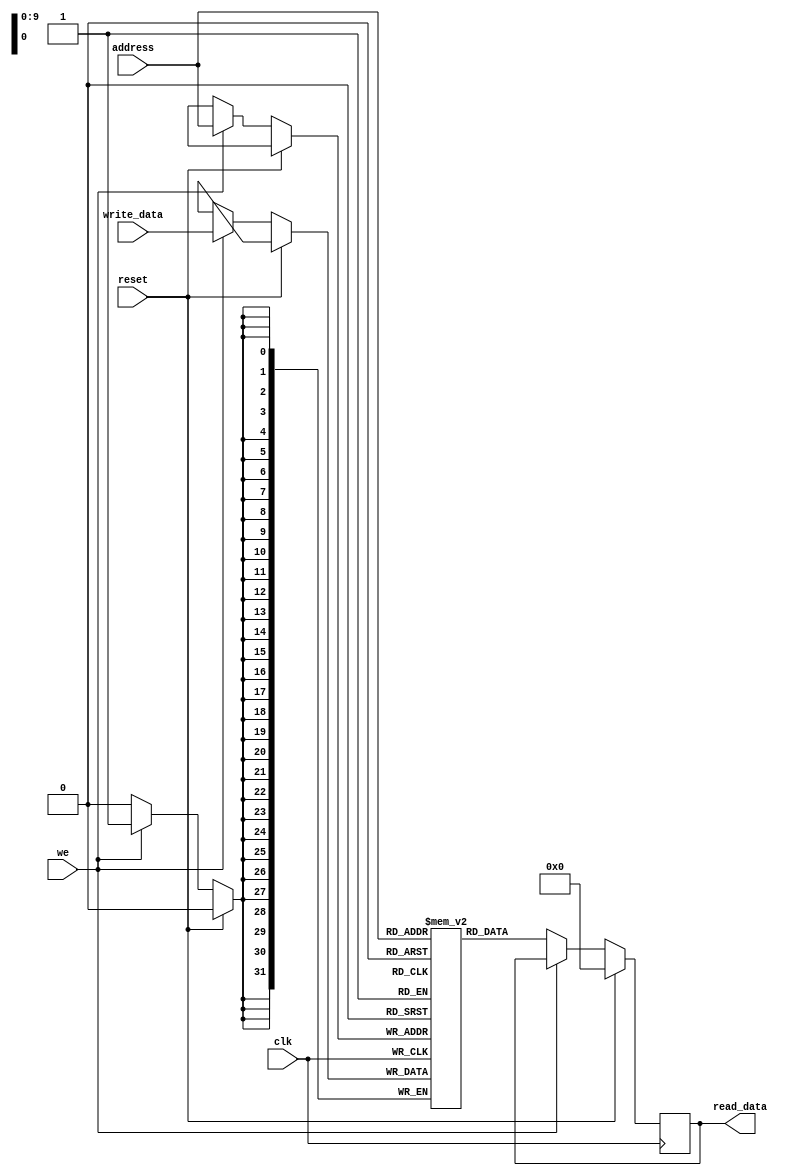
module LPDDR_RAM (
    input wire clk,
    input wire reset,
    input wire [ADDR_WIDTH-1:0] address,
    input wire we,
    input wire [DATA_WIDTH-1:0] write_data,
    output reg [DATA_WIDTH-1:0] read_data
);

parameter ADDR_WIDTH = 10; // specify number of address bits
parameter DATA_WIDTH = 32; // specify number of data bits
reg [DATA_WIDTH-1:0] memory_block [0: (2**ADDR_WIDTH)-1]; // declare memory block array

always @(posedge clk) begin
    if (reset) begin
        read_data <= 0; // reset read_data to 0
    end else begin
        if (we) begin
            memory_block[address] <= write_data; // write data to memory block
        end else begin
            read_data <= memory_block[address]; // read data from memory block
        end
    end
end

endmodule